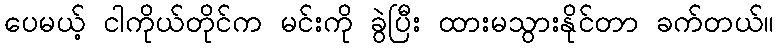
ပေမယ့် ငါကိုယ်တိုင်က မင်းကို ခွဲပြီး ထားမသွားနိုင်တာ ခက်တယ်။